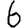
Digit: 6